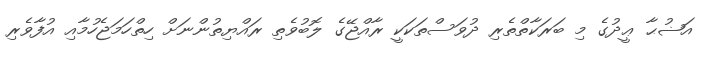
އަޟުޙާ ޢީދުގެ މި ބަރަކާތްތެރި ދުވަސްތަކަކީ ރާއްޖޭގެ ލޮބުވެތި ރައްޔިތުންނަށް ހިތްހަމަޖެހުމާއި އުފާވެރި